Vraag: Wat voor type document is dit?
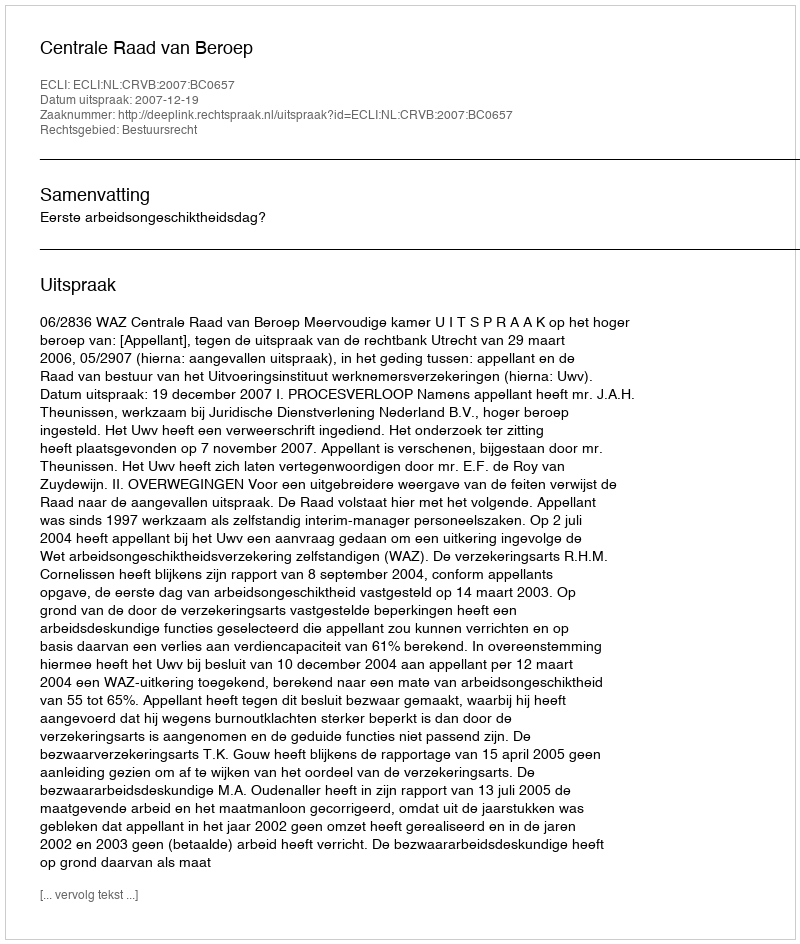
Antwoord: Uitspraak